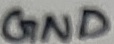
Text: GND